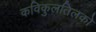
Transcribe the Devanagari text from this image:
कविकुलतिलको